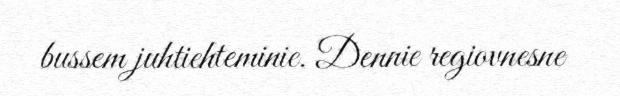
bussem juhtiehteminie. Dennie regiovnesne